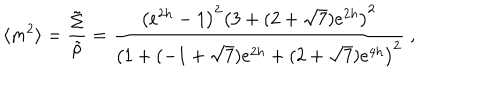
\langle m ^ { 2 } \rangle = { \frac { \tilde { \Sigma } } { \tilde { \rho } } } = { \frac { \left( e ^ { 2 h } - 1 \right) ^ { 2 } \left( 3 + ( 2 + \sqrt { 7 } ) e ^ { 2 h } \right) ^ { 2 } } { \left( 1 + ( - 1 + \sqrt { 7 } ) e ^ { 2 h } + ( 2 + \sqrt { 7 } ) e ^ { 4 h } \right) ^ { 2 } } } \ ,